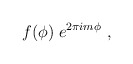
\begin{align*} f( \phi ) \; e^{2 \pi i m \phi} ~,\end{align*}